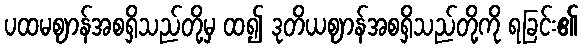
ပထမဈာန်အစရှိသည်တို့မှ ထ၍ ဒုတိယဈာန်အစရှိသည်တို့ကို ရခြင်း၏